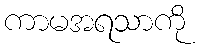
ကာမအရသာကို